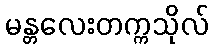
မန္တလေးတက္ကသိုလ်